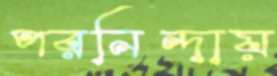
পরনিন্দায়